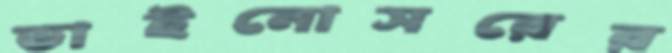
ডাইনোসরের